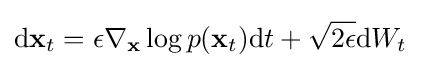
{\rm {d}}\mathbf {x} _{t}=\epsilon \nabla _{\mathbf {x} }\log p(\mathbf {x} _{t}){\rm {d}}t+{\sqrt {2\epsilon }}{\rm {d}}W_{t}